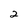
Character: 2